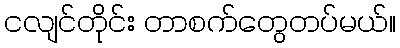
ငလျင်တိုင်း တာစက်တွေတပ်မယ်။